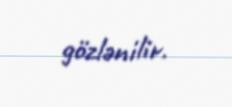
gözlənilir.